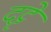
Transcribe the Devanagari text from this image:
दट्टे